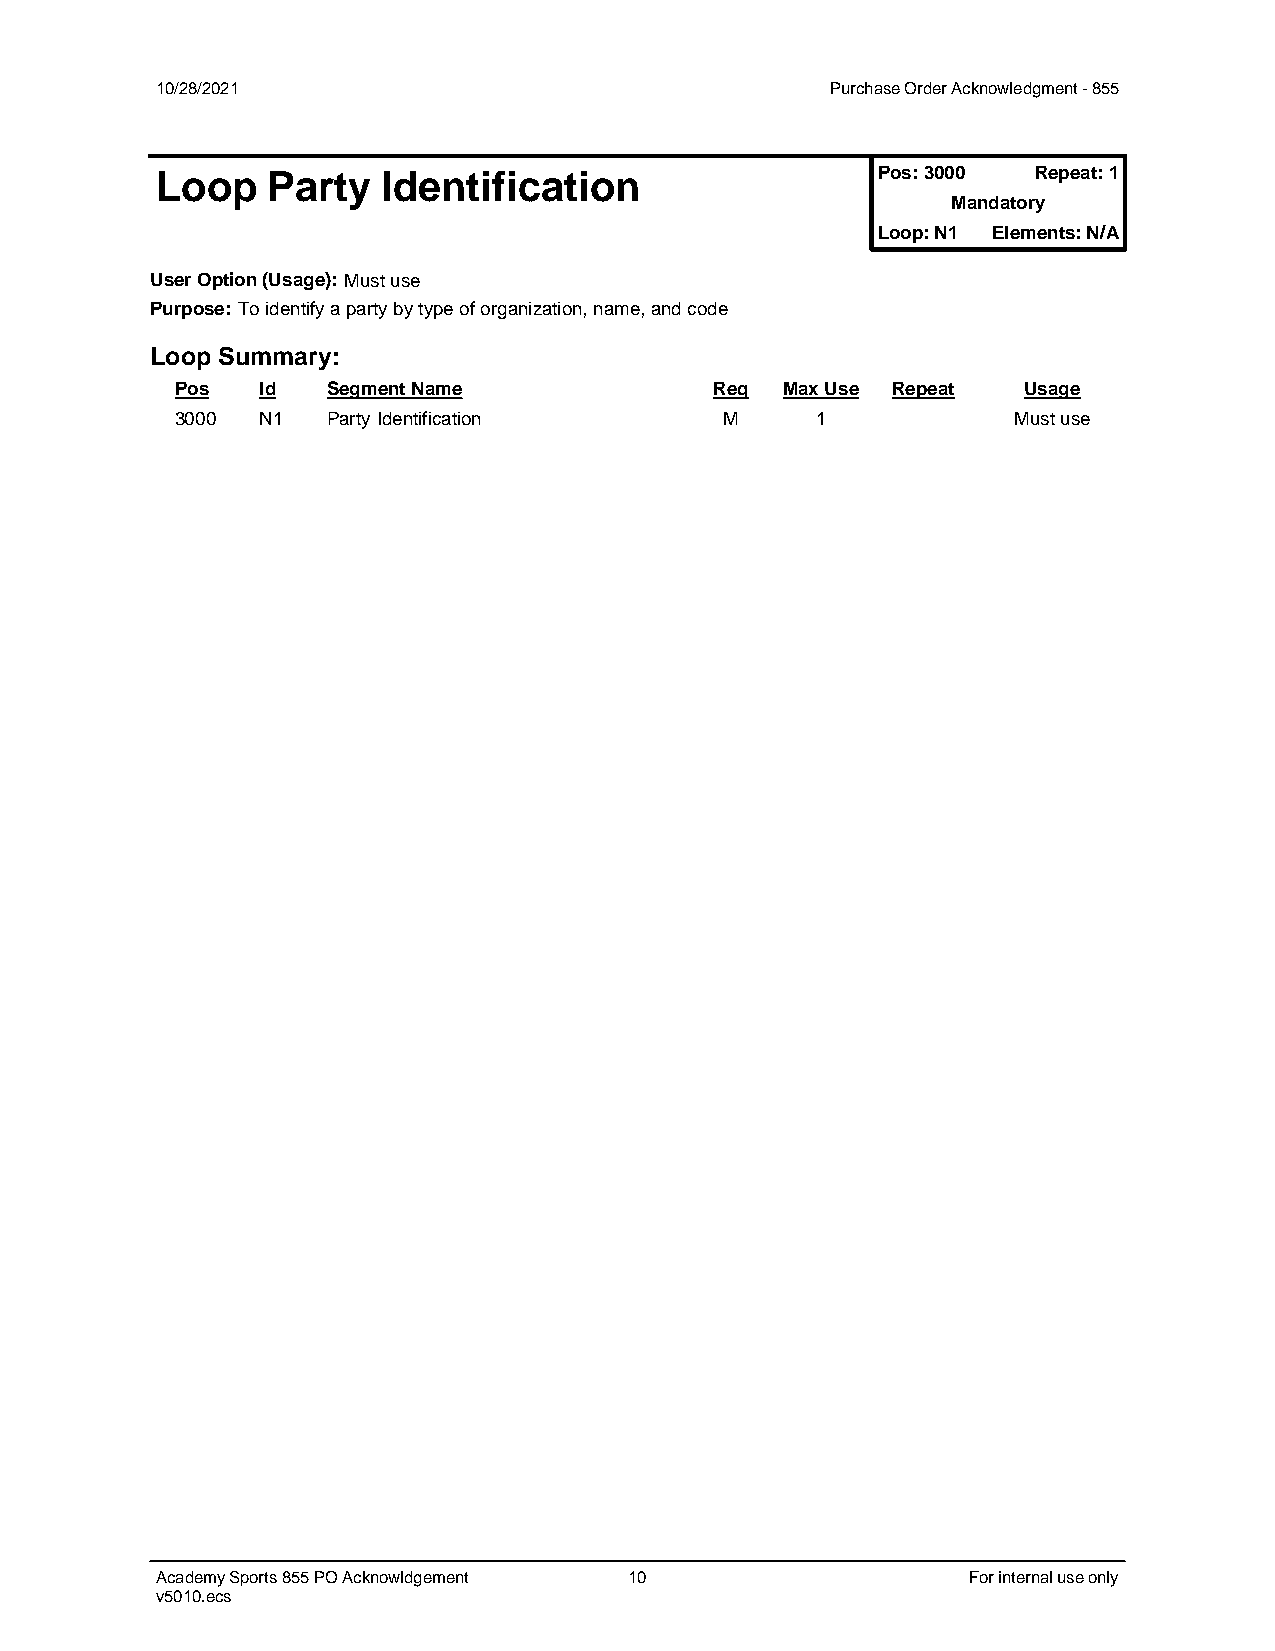
10/28/2021                                   Purchase Order Acknowledgment - 855
 Pos: 3000 Repeat: 1
 Loop    Party  Identification
 Mandatory
 Loop: N1 Elements: N/A
 User Option (Usage): Must use
 Purpose: To identify a party by type of organization, name, and code
 Loop Summary:
 Pos  Id   Segment Name             Req  Max Use Repeat  Usage
 3000 N1   Party Identification      M     1            Must use
 Academy Sports 855 PO Acknowldgement 10               For internal use only
 v5010.ecs